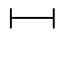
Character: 𫡃